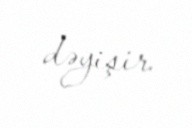
dəyişir.